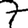
Digit: 7